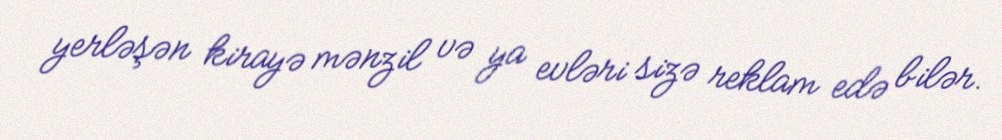
yerləşən kirayə mənzil və ya evləri sizə reklam edə bilər.